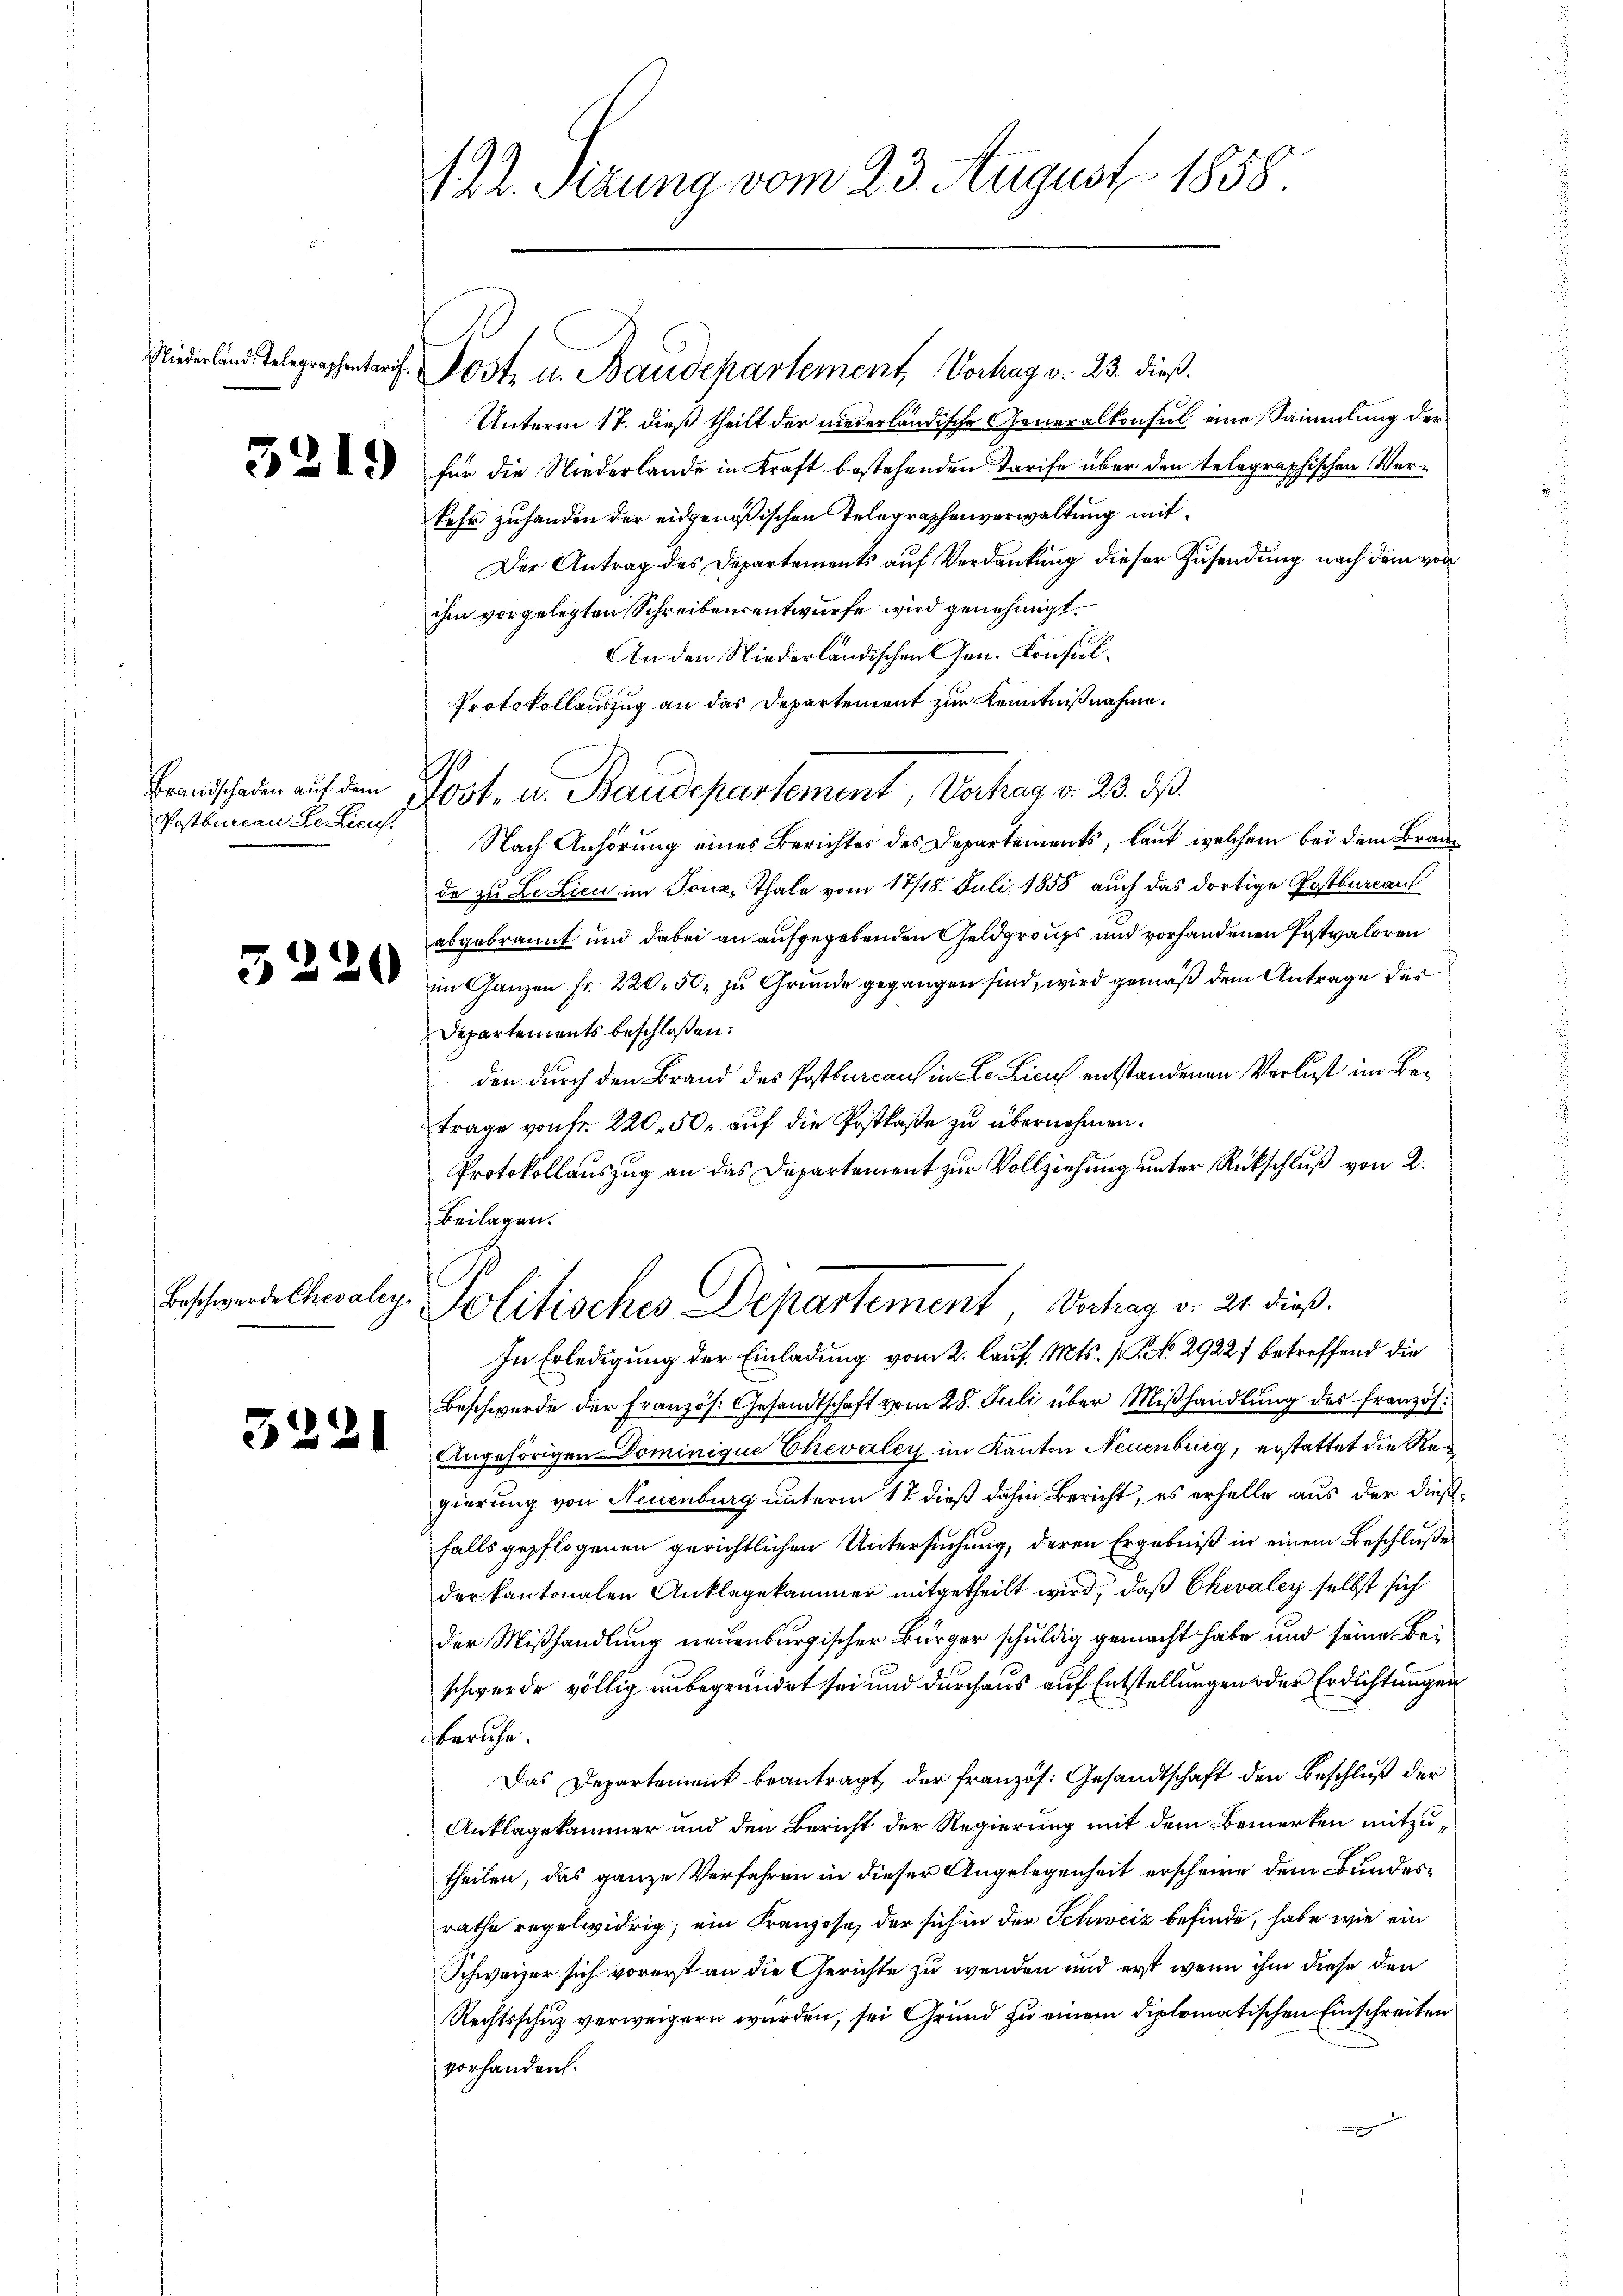
122. Sizung vom 23. August 1858

Post- u. Baudepartement, Vorlag v. 23. dieß.

Niederland. Telegraphentarif.

Unterm 17. dieß theilt der niederländische Generalkonsul eine Sammlung der
für die Niederlande in Kraft bestehenden Tarife über den telegraphischen Verkehr zuhanden der eidgenößischen Telegraphenverwaltung mit¬
Der Antrag des Departements auf Verdankung dieser Zusendung nach dem von
ihm vorgelegten Schreibensentwurfe wird genehmigt.
An den Niederländischen Gen. Konsul¬
Protokollauszug an das Departement zur Kenntnißnahme.
1
Nach Anhörung eines Berichtes des Departements, laut welchem bei dem Brande zu LeLicu im Tonz, Thale vom 17/18. Juli 1858 auch das dortige Postbureau
abgebrannt und dabei an aufgegebenden Geldgroups und vorhandenen Postvaloren
im Ganzen Fr. 220. 50, zu Grunde gegangen sind, wird gemäß dem Antrage des
Departements beschloßen:
den durch den Brand des Postbureau in de Licus entstandenen Verlust im Betrage von Fr. 220, 50. auf die Postkaße zu übernehmen.
Protokollauszug an das Departement zur Vollziehung unter Rückschluß von 2.
Beilagen.
Politisches Departement, Vahrg v. 21 dieß.
In Erledigung der Einladung vom 2. Lauf. Mts. (T. No. 2922 betreffend die
Beschwerde der Französ. Gesandtschaft vom 28. Juli über Miβhandlung des französ.
Angehörigen Dominigue Chevaley im Kanton Neuenburg, erstattet die Regierung von Neuenburg unterm 17 dieß dahin Bericht, es erhelle aus der dießfalls gepflogenen gerichtlichen Untersuchung, deren Ergebniß in einem Beschlußes
der kantonalen Anklagekammer mitgetheilt wird, daß Chevaley selbst sich
der Mißhandlung neuenburgischer Bürger schuldig gemacht habe und seine Beschwerde völlig unbegründet sei und durchaus auf Entstellungen oder Erdichtungen
beruhe.
Das Departement beantragt, der französ. Gesandtschaft den Beschluß der
Anklagekammer und den Bericht der Regierung mit dem Bemerken mitzutheilen, das ganze Verfahren in dieser Angelegenheit erscheine dem Bundesrathe regelwidrig; ein Franzose, der sich in der Schweiz befinde, habe wie ein
Schweizer sich vorerst an die Gerichte zu wenden und erst wenn ihm diese den
Rechtsschuz verweigern wurden, sei Grund zu einem diplomatischen Einschreiten
vorhanden.

5219

Brandschaden aŭf dem 400 f. u. Baudepartement, Vorhag v. 23. dβ.

Postbureau de Lieut.

3220

Beschwerde Chevaley,

5221